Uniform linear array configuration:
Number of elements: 48
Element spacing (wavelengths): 0.5
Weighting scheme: exponential
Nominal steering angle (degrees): -60
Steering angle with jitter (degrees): -59.429
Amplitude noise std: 0.05
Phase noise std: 0.05

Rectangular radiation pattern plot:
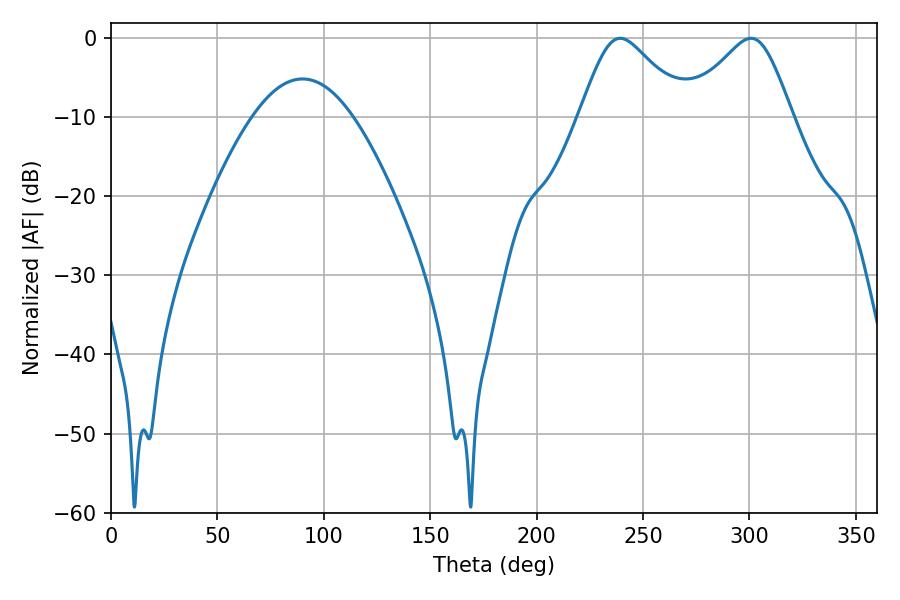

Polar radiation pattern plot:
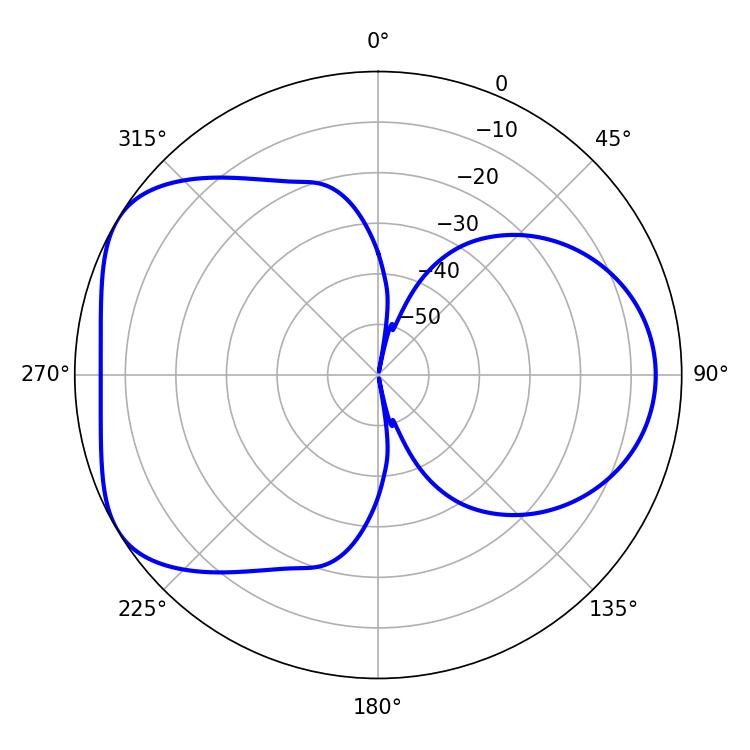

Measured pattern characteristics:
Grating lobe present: FALSE
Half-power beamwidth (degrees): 24.48
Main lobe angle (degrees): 239.22